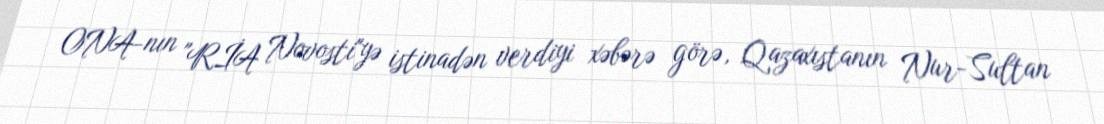
ONA-nın "RİA Novosti"yə istinadən verdiyi xəbərə görə, Qazaxıstanın Nur-Sultan